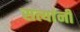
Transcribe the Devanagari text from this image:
सत्यांनी